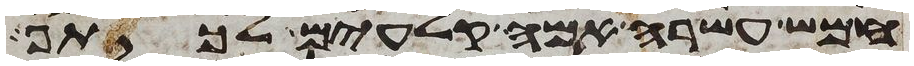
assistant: חמש עשרה אמה קלעים לכתף